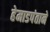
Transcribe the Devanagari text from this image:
हेमाडपंताने